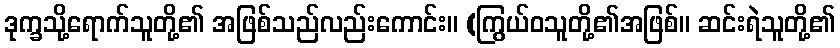
ဒုက္ခသို့ရောက်သူတို့၏ အဖြစ်သည်လည်းကောင်း။ (ကြွယ်ဝသူတို့၏အဖြစ်။ ဆင်းရဲသူတို့၏